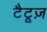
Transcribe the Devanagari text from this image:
टैटूज़